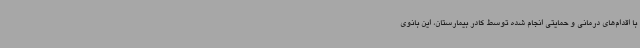
با اقدام‌های درمانی و حمایتی انجام شده توسط کادر بیمارستان، این بانوی